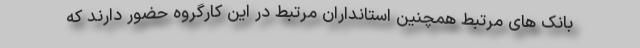
بانک های مرتبط همچنین استانداران مرتبط در این کارگروه حضور دارند که